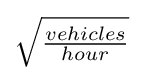
{\textstyle {\sqrt {\frac {vehicles}{hour}}}}